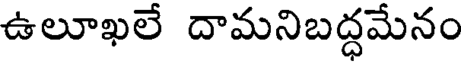
ఉలూఖలే దామనిబద్ధమేనం